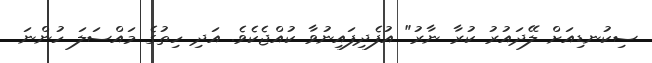
ސިކުނޑިއަށް ލޭދައުރު ކުރާ ނާރު" އުފެދިފައިނުވާ ކުއްޖެކެވެ. އަދި ހިތުގެ މައްސަލަ ހުންނަ